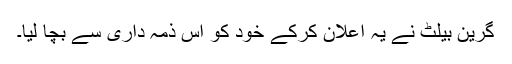
گرین بیلٹ نے یہ اعلان کرکے خود کو اس ذمہ داری سے بچا لیا۔